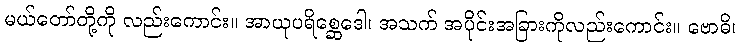
မယ်တော်တို့ကို လည်းကောင်း။ အာယုပရိစ္ဆေဒေါ၊ အသက် အပိုင်းအခြားကိုလည်းကောင်း။ ဗောဓိ၊